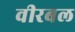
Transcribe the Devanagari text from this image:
वीरबल